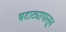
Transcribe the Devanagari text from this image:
बटाट्यापासून